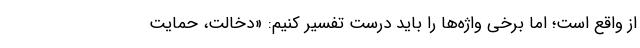
از واقع است؛ اما برخی واژه‌ها را باید درست تفسیر کنیم: «دخالت، حمایت